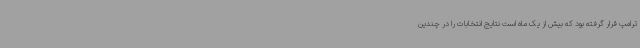
ترامپ قرار گرفته بود که بیش از یک ماه است نتایج انتخابات را در چندین